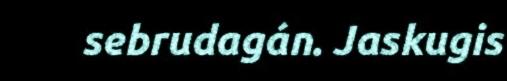
sebrudagán. Jaskugis